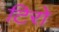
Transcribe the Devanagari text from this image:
टिरो